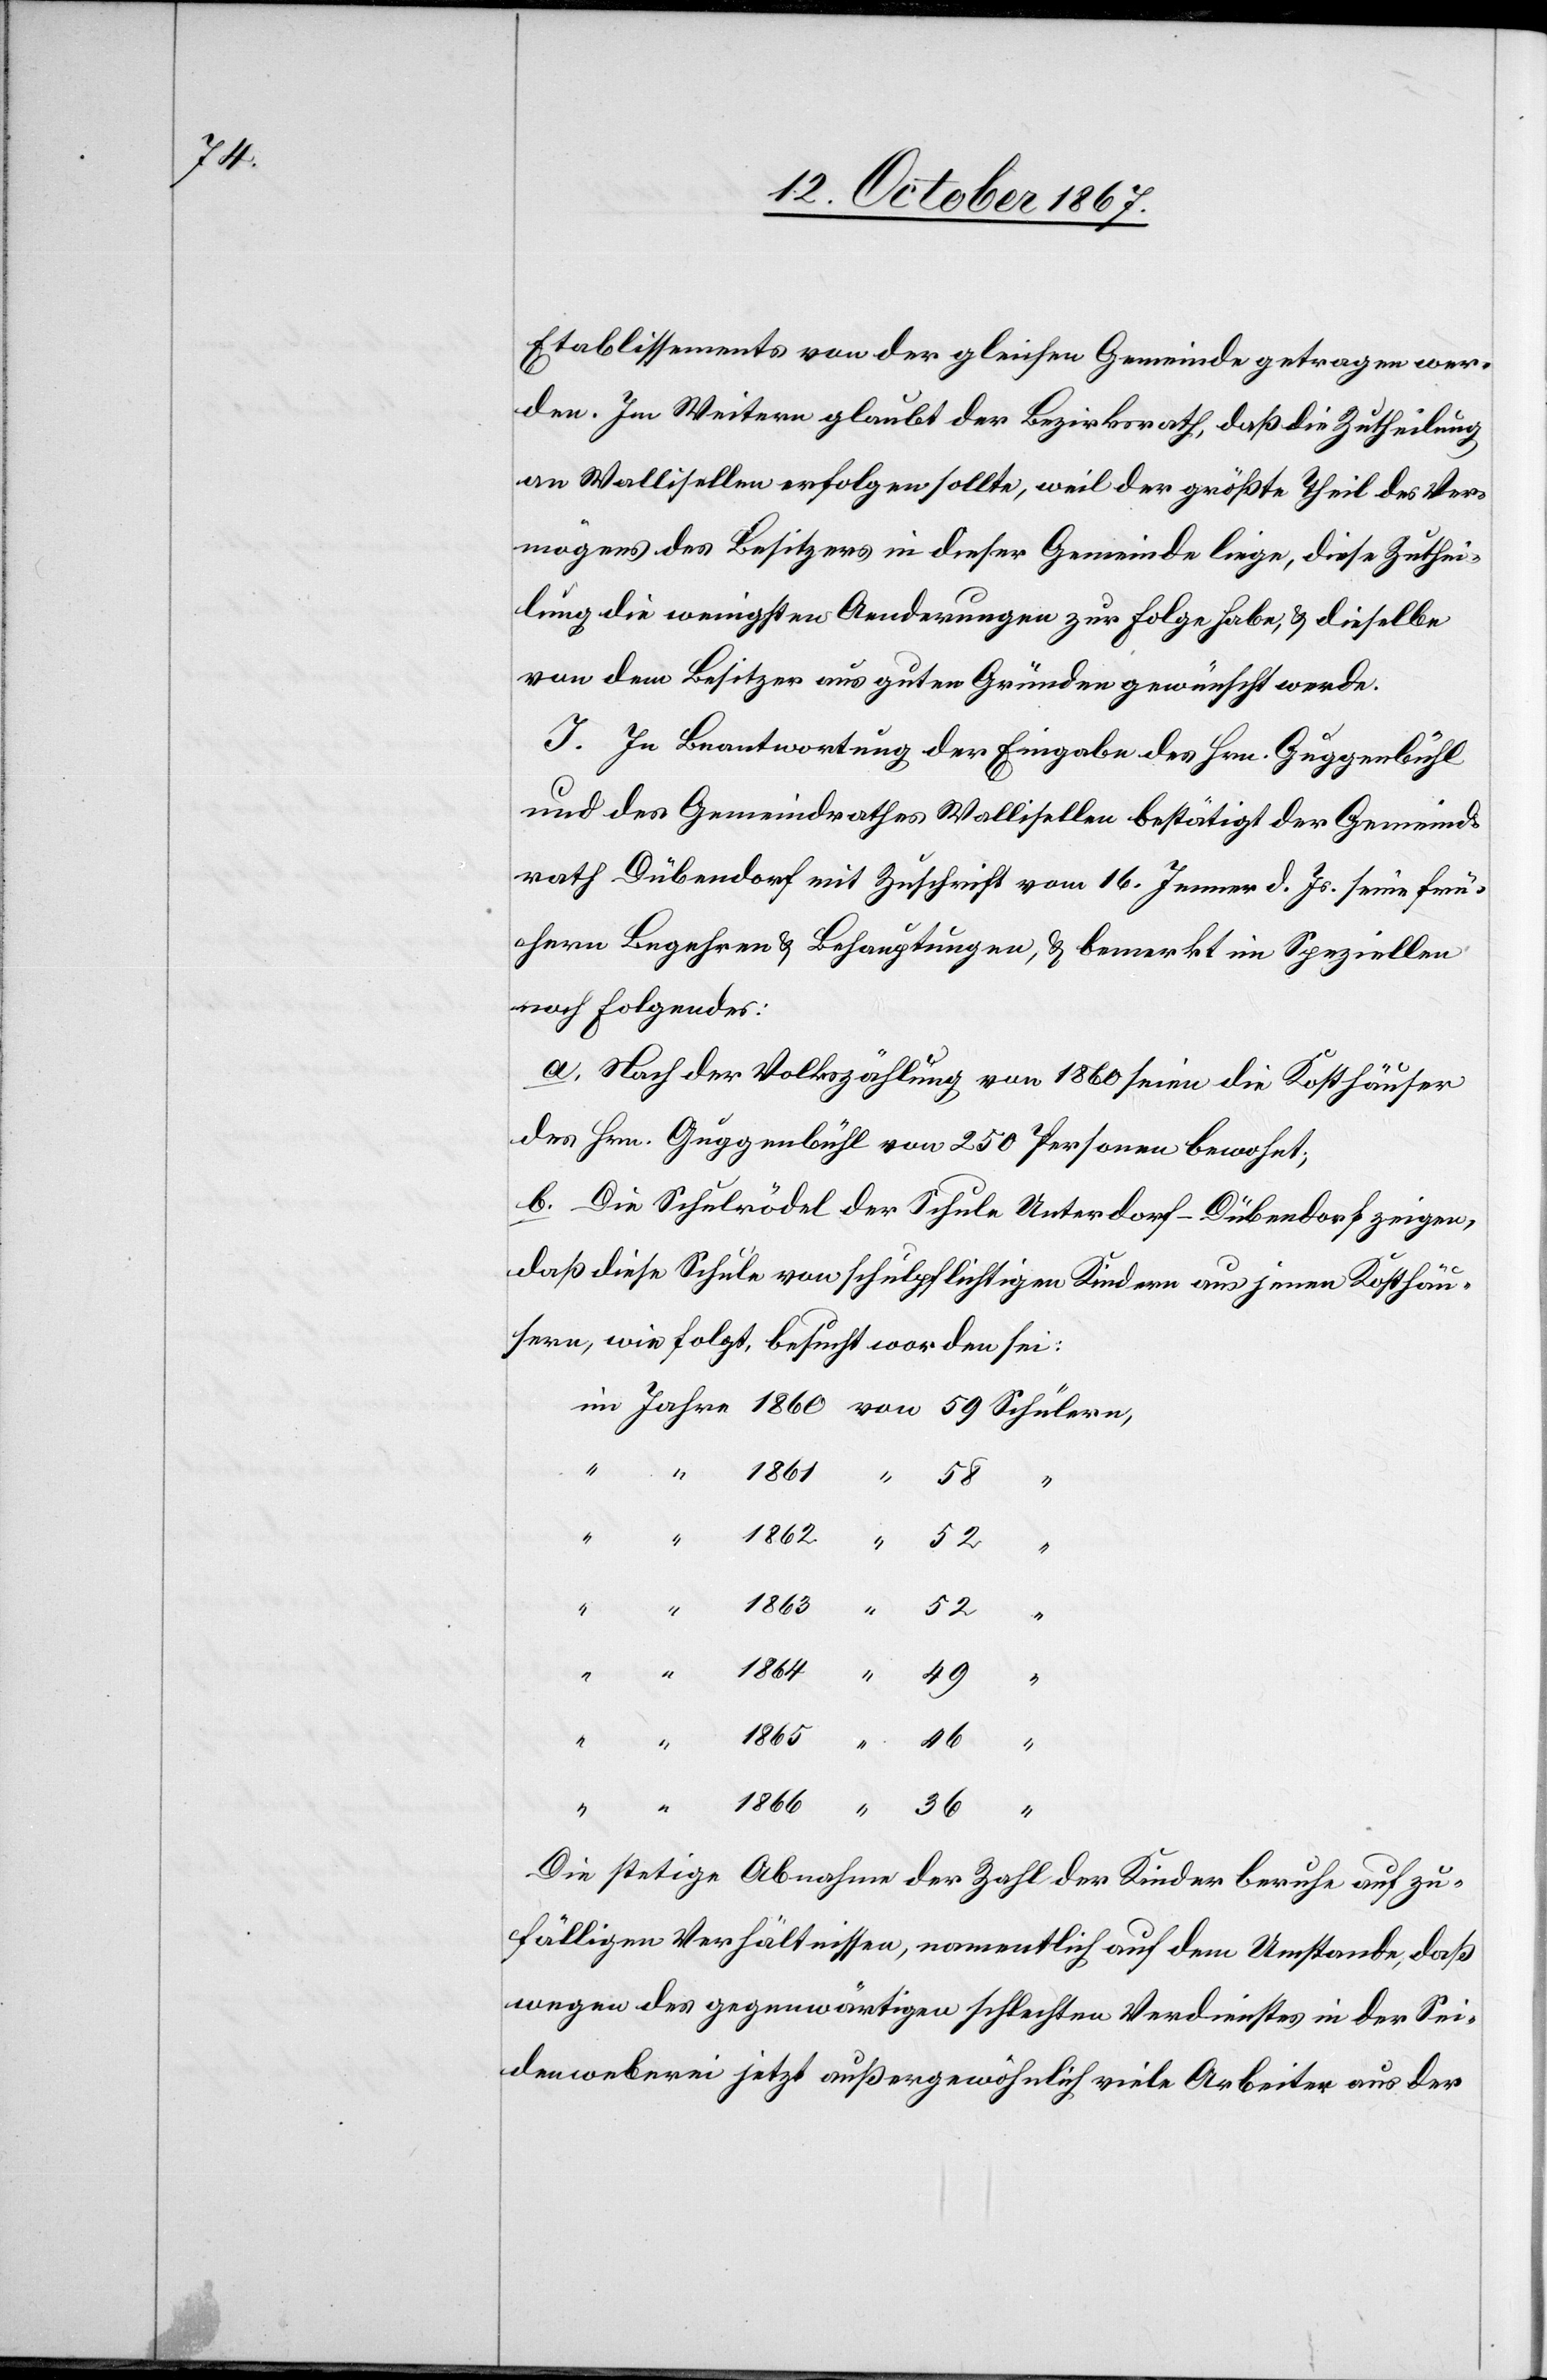
Etablissements von der gleichen Gemeinde getragen wer¬
den. Im Weitern glaubt der Bezirksrath, daß die Zutheilung
an Wallisellen erfolgen sollte, weil der größte Theil des Ver¬
mögens des Besitzers in dieser Gemeinde liege, diese Zuthei¬
lung die wenigstens Aenderungen zur Folge habe, u. dieselbe
von dem Besitzer aus guten Gründen gewünscht werde.
I. In Beantwortung der Eingabe des Hrn. Guggenbühl
und des Gemeindrathes Wallisellen bestätigt der Gemeind¬
rath Dübendorf mit Zuschrift vom 16. Jenner d. Js. seine frü¬
here Begehren u. Behauptungen, u. bemerkt im Speziellen
noch Folgendes:
a. Nach der Volkszählung von 1860 seien die Kosthäuser
des Hrn. Guggenbühl von 250 Personen bewohnt;
b. Die Schulrodel der Schule Unterdorf - Dübendorf zeigen,
daß diese Schule von schulpflichtigen Kindern aus jenen Kosthäu¬
sern, wie folgt, besucht worden sei:
“
1865
36
Die stetige Abnahme der Zahl der Kinder beruhe auf zu¬
fälligen Verhältnissen, namentlich auf dem Umstande, daß
wegen des gegenwärtigen schlechten Verdienstes in der Sei¬
denweberei jetzt außergewöhnlich viele Arbeiter aus der